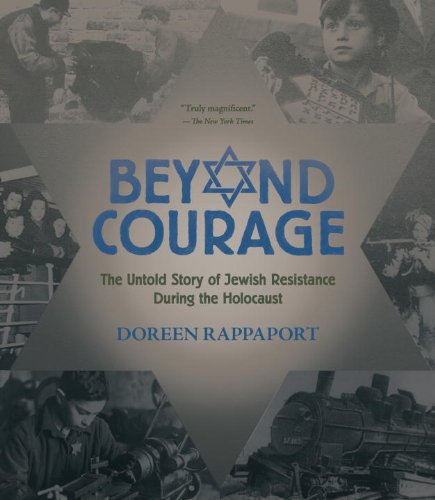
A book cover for Beyond Courage: The Untold Story of Jewish Resistance During the Holocaust; Doreen Rappaport; Children's Books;